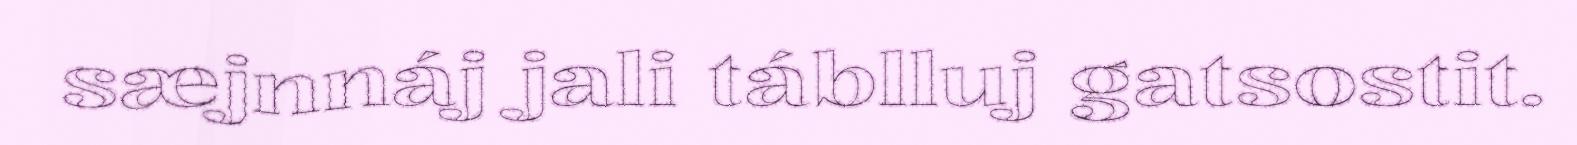
sæjnnáj jali táblluj gatsostit.